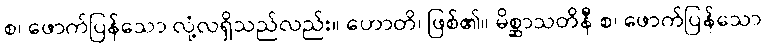
စ၊ ဖောက်ပြန်သော လုံ့လရှိသည်လည်း။ ဟောတိ၊ ဖြစ်၏။ မိစ္ဆာသတိနီ စ၊ ဖောက်ပြန်သော